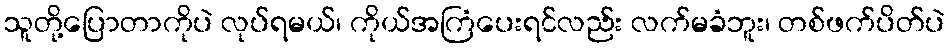
သူတို့ပြောတာကိုပဲ လုပ်ရမယ်၊ ကိုယ်အကြံပေးရင်လည်း လက်မခံဘူး၊ တစ်ဖက်ပိတ်ပဲ